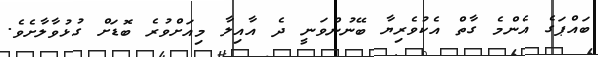
ބައްޕަގެ އެންމެ ގާތް އެކުވެރިޔާ ބޭނުންވަނީ ދެ އާއިލާ މިއަށްވުރެ ބޮޑަށް ގުޅުވާލާށެވެ.